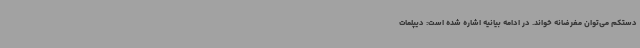
دستکم می‌توان مغرضانه خواند. در ادامه بیانیه اشاره شده است: دیپلمات